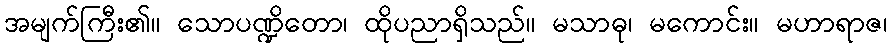
အမျက်ကြီး၏။ သောပဏ္ဍိတော၊ ထိုပညာရှိသည်။ မသာဓု၊ မကောင်း။ မဟာရာဇ၊